Cholera in India, 1862 to 1881
Year: 1862
Disease focus: Cholera
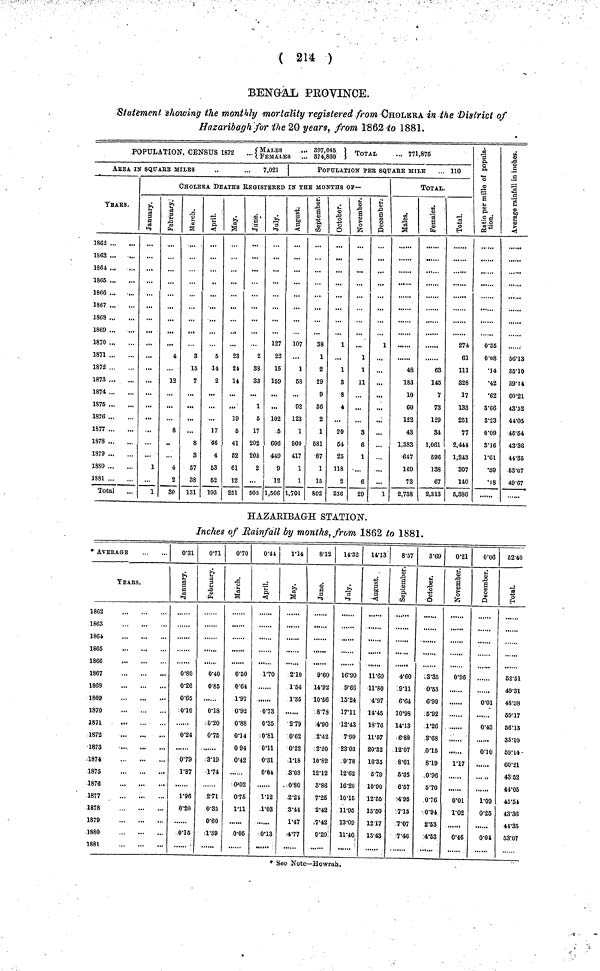
( 214 )
BENGAL PROVINCE.
Statement showing the monthly mortality registered from CHOLERA in the District of
Hazaribagh for the 20 years, from 1862 to 1881.
POPULATION, CENSUS 1872 ...{MALES ... 397,045. FEMALES ... 374,830} TOTAL ... 771,875
AREA IN SQUARE MILES
..
... 7,021
YEARS.
1862
1863
1861
1865
1866
1867
1868
1869
1870
1871
1872
1873
1874
1875
1876
1877
1878
1879
1880
1881
Total
1
POPULATION PER SQUARE MILE ... 110
CHOLERA DEATHS REGISTERED IK THE MONTHS OP—
January.
...
1
1
February.
4
12
8
4
2
30
March
3
15
7
8
3
57
38
131
April.
5
14
2
17
46
4
53
52
193
May.
23
21
14
19
5
41
52
61
12
251
June.
...
2
38
33
1
5
17
202
205
2
505
July.
127
22
15
159
...
102
5
606
449
9
12
1,506
August.
107
...
1
68
92
123
1
900
417
1
1
1,701
September.
38
1
2
29
9
36
2
1
581
87
1
15
802
October.
1
...
1
3
8
4
...
20
54
25
118
2
236
November.
1
1
11
...
...
3
6
1
...
6
29
December.
1
...
...
...
...
...
...
...
...
1
TOTAL.
Males.
48
183
10
60
122
43
1,383
647
169
73
2,738
Females.
63
145
1
73
129
34
1,061
596
138
67
2,313
Total.
274
61
111
328
17
133
251
77
2,444
1,243
307
140
5,386
Ratio per mille of population.
0.35
0.08
•14
•42
•62
3.66
3.23
0.09
3.16
1.61
•39
•18
Average rainfall in inches.
56.13
85.10
59.14
60.21
43.52
41.05
45.54
43.36
44.35
.53.07
49.67
HAZARIBAGH STATION.
Inches of Rainfall by months, from 1862 to 1881.
* AVEBAGE
YEArS.
1862
1863
1864
1865
1866
1867
1868
1869
1870
1871
1872
1873
1874
1875
1876
1877
1878
1879
1880
1881
0.31
January.
0.80
0.26
0.65
0.01
0.24
0.79
1.87
1.96
0.20
0.15
0.71
February.
0.40
0.85
0.18
0.20
0.75
3.19
1.74
271
0.35
0.60
1.89
0.70
March.
0.50
0.64
1.97
0.92
0.88
0.14
0.94
0.42
0'02
0.75
1.11
0.05
0.41
April.
1.70
0.73
0.35
0.81
0.11
0.31
0.04
1.12
1.03
0.13
1.14
May.
2.10
1.54
1.36
2.79
0.62
0.22
1.18
3.03
0.80
2.21
8.44
1.47
4.77
8.12
June.
9.60
14.92
10.56
8.78
4.90
2.42
2.20
10.82
12.12
3.86
7.25
2.42
7.42
9.20
14.82
July.
16.90
9.66
15.24
17.11
12.43
7.99
23.03
9.78
12.62
16.20
10.15
11.95
13.09
11.46
14.13
August.
11.60
11.80
4.97
14.45
18.76
11.57
20.32
16.35
5.79
10.90
12.65
13.50
1217
13.43
8.57
September.
4.60
9.11
6.64
10.98
14.13
6.88
12.07
8.01
6.35
6.57
4.95
7.15
7.07
7.46
3.69
October.
3.35
0.53
6.99
5.92
1.26
3.68
0.15
8.19
0.96
5.70
0.76
0.94
2.53
4.53
0.21
November.
0.96
1.17
0.01
1.02
0.46
0.06
December.
......
0.01
0.43
0.01
,
1.09
0.25
0.04
52.40
Total.
52.51
49.31
48.38
69..17
56.13
35.10
69.14
60.21
43.52
44.05
45.51
43.36
44.35
53.07
* Sec Note—Howrah.